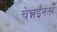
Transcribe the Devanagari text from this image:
चेन्नईनंतर